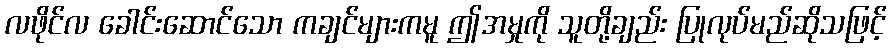
လဖိုင်လ ခေါင်းဆောင်သော ကချင်များကမူ ဤအမှုကို သူတို့ချည်း ပြုလုပ်မည်ဆိုသဖြင့်